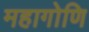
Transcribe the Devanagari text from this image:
महागोणि